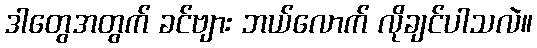
ဒါတွေအတွက် ခင်ဗျား ဘယ်လောက် လိုချင်ပါသလဲ။